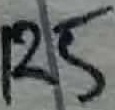
Text: R5